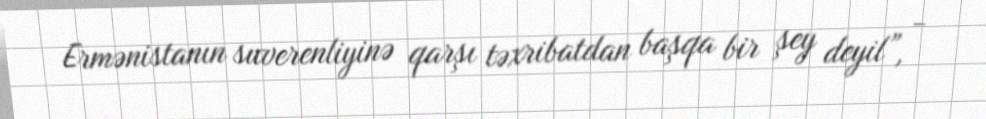
Ermənistanın suverenliyinə qarşı təxribatdan başqa bir şey deyil”, -